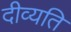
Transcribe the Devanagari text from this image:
दीव्यति